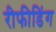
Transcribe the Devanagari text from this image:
रीफीडिंग